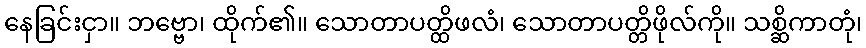
နေခြင်းငှာ။ ဘဗ္ဗော၊ ထိုက်၏။ သောတာပတ္ထိဖလံ၊ သောတာပတ္တိဖိုလ်ကို။ သစ္ဆိကာတုံ၊